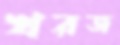
খরজ